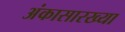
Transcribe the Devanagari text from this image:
अंकासारख्या